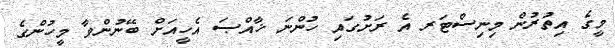
މީގެ އިތުރުން މިނިސްޓަރ އެ ރަށުގައި ހުންނަ ޚާއްޞަ އެހީއަށް ބޭނުންވާ މީހުންގެ